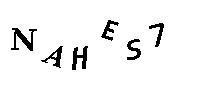
NAHES7